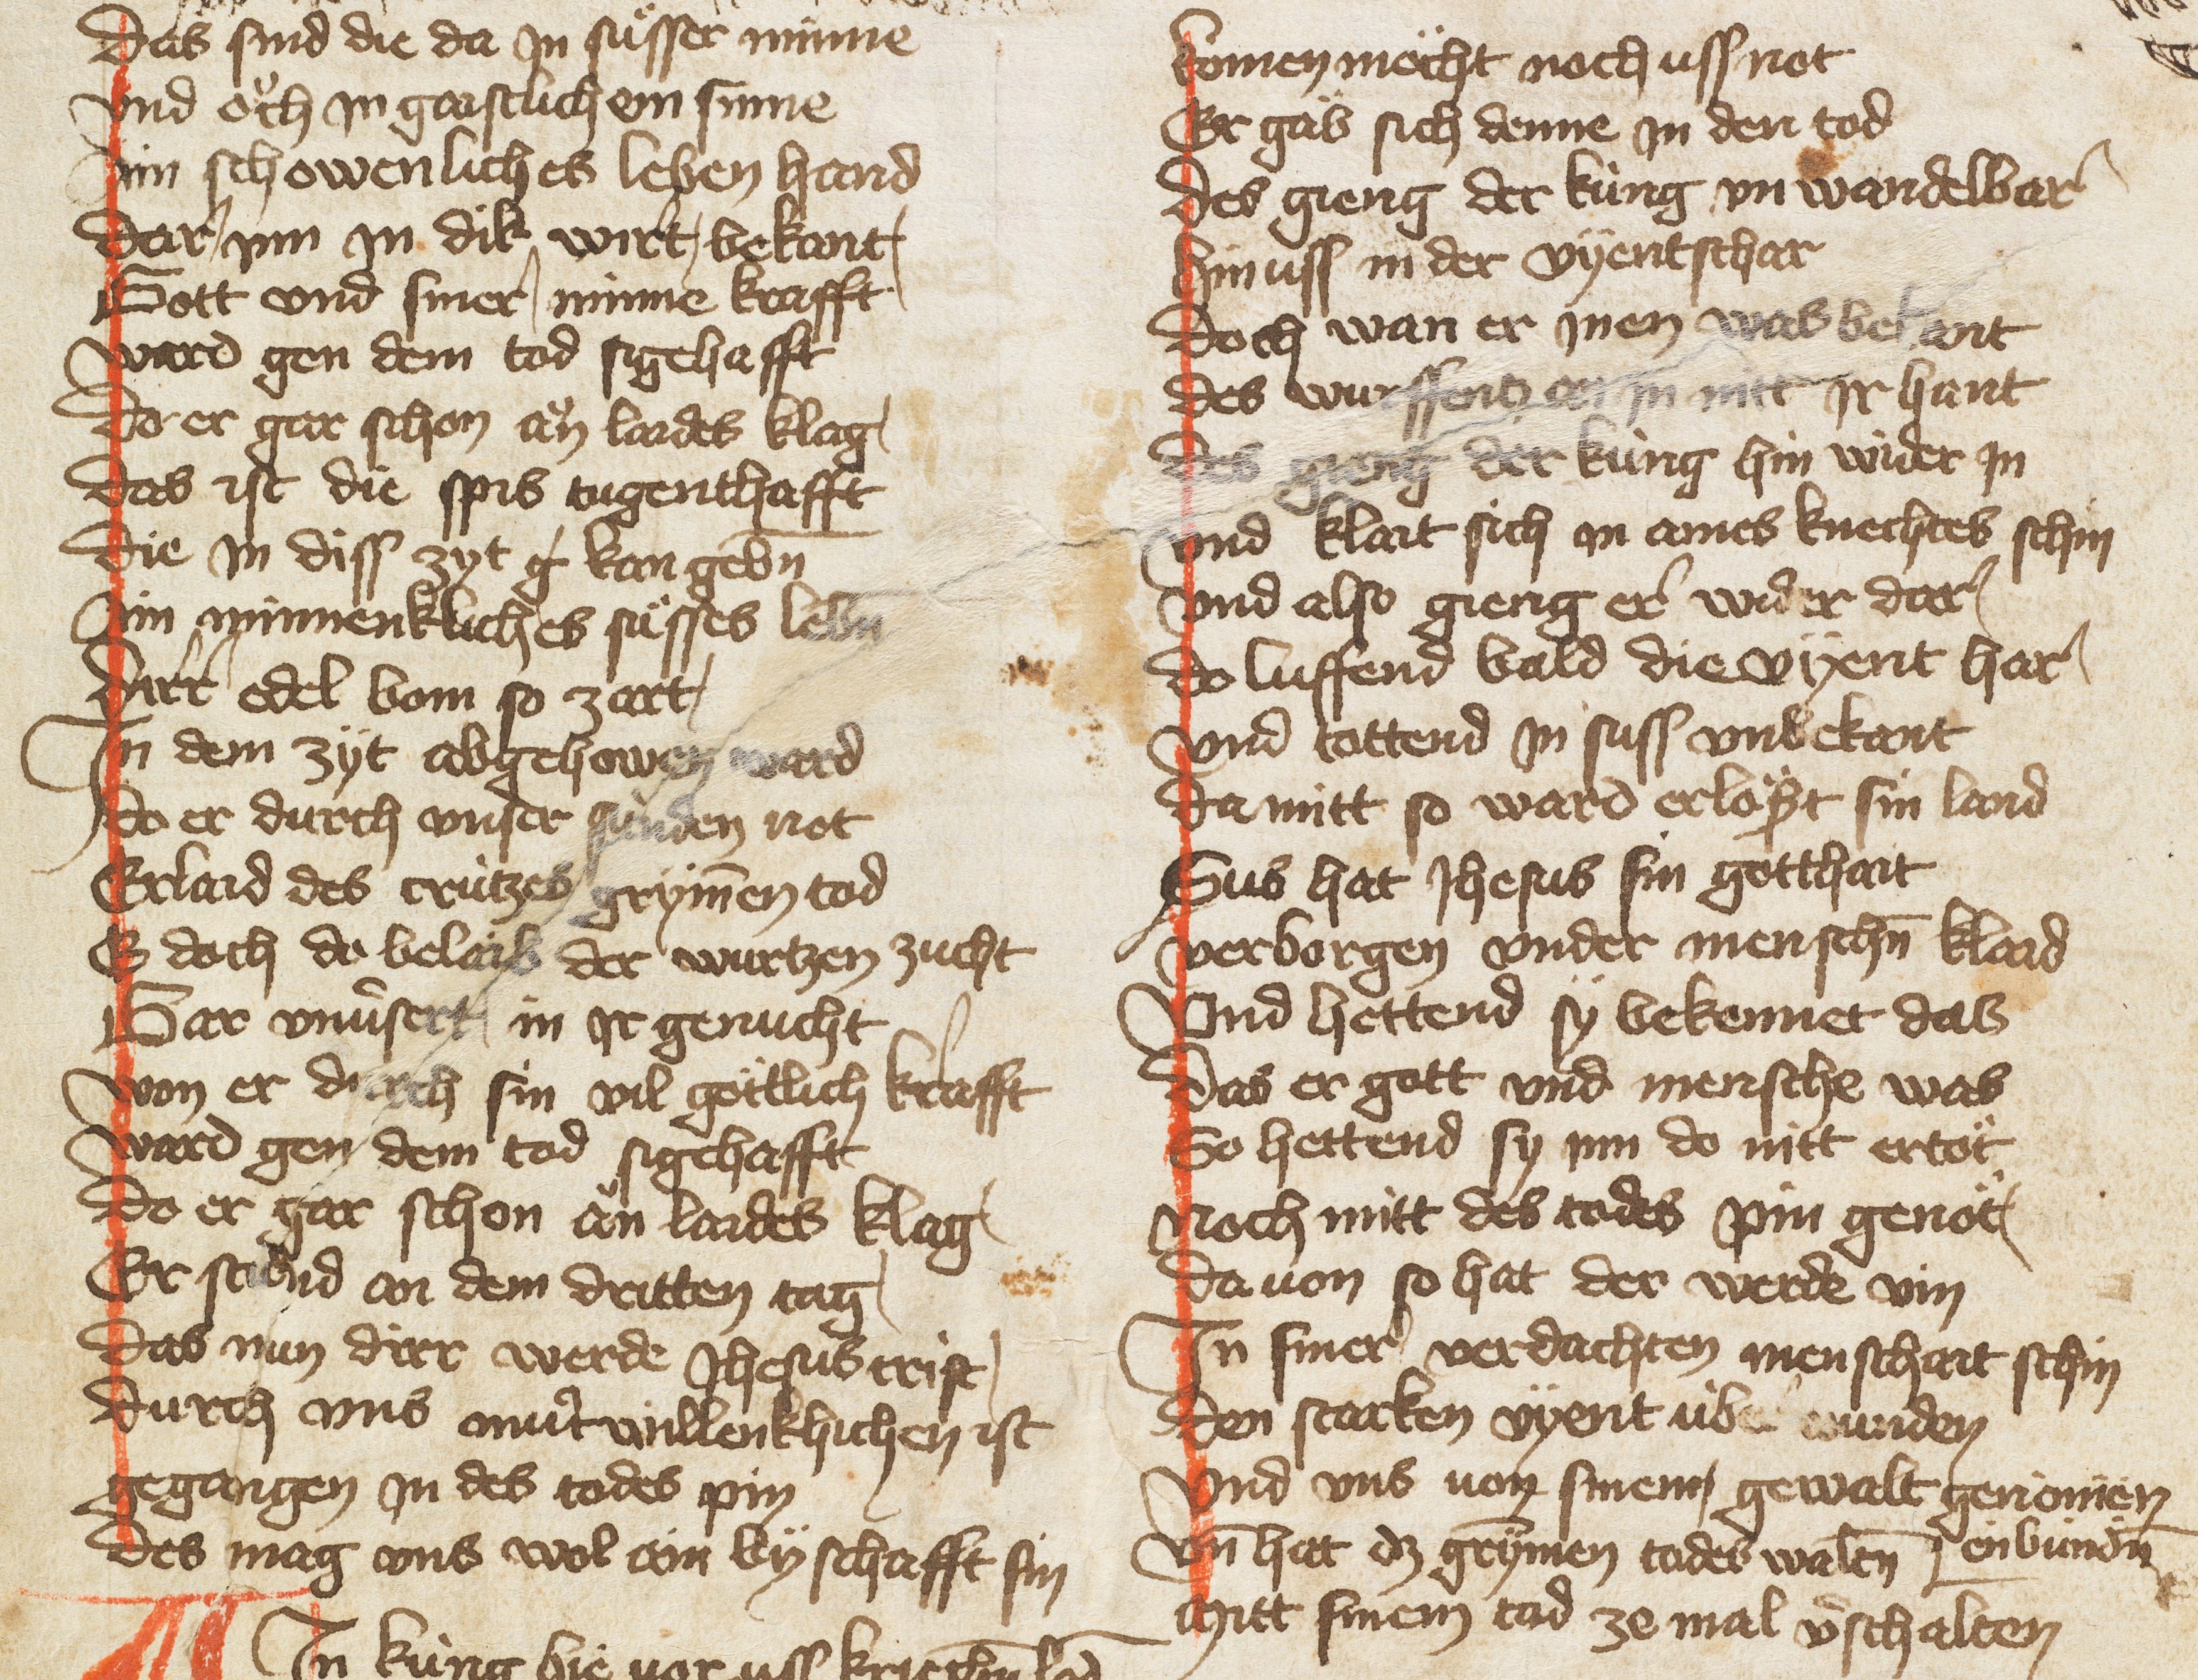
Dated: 1385–1415